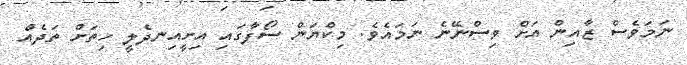
ނަމަވެސް ޒާއިން އަށް ވިސްނޭނެ ނަމައެވެ. މިކްޔަން ސޯފާގައި އިށީއިނދެލީ ހިތަށް ތަދެއް